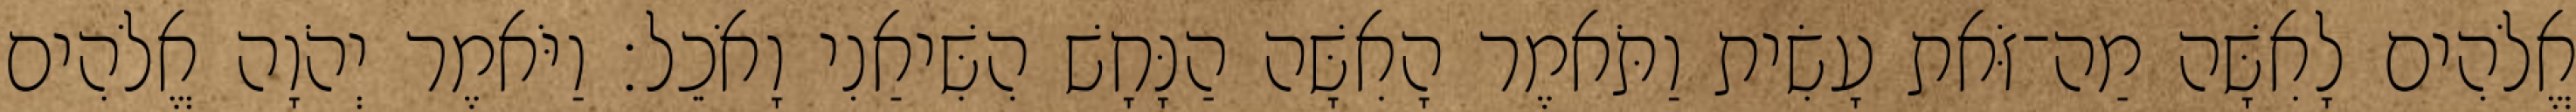
אֱלֹהִים לָאִשָּׁה מַה־זֹּאת עָשִׂית וַתֹּאמֶר הָאִשָּׁה הַנָּחָשׁ הִשִּׁיאַנִי וָאֹכֵל׃ וַיֹּאמֶר יְהֹוָה אֱלֹהִים